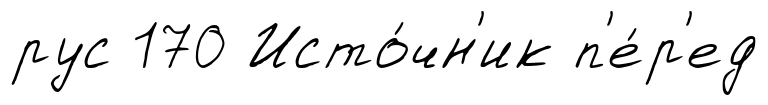
рус 170 Исто́чн'ик п'е́р'ед